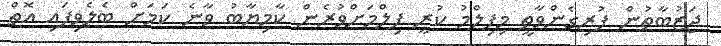
ޖަޒުބާތުން ފުރިގެންވާތީ މިފިލްމު ކުރީ ފިލްމަށްވުރެން ކާމިޔާބު ވާނެ ކަމަށް ބެލެވިފައި އޮތް